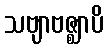
သဗျာဗဇ္ဈာပိ